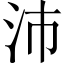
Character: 沛